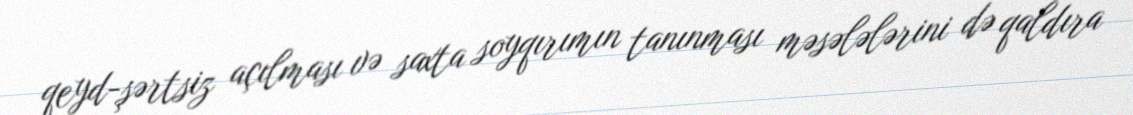
qeyd-şərtsiz açılması və saxta soyqırımın tanınması məsələlərini də qaldıra